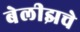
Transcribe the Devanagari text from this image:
बेलीझचे